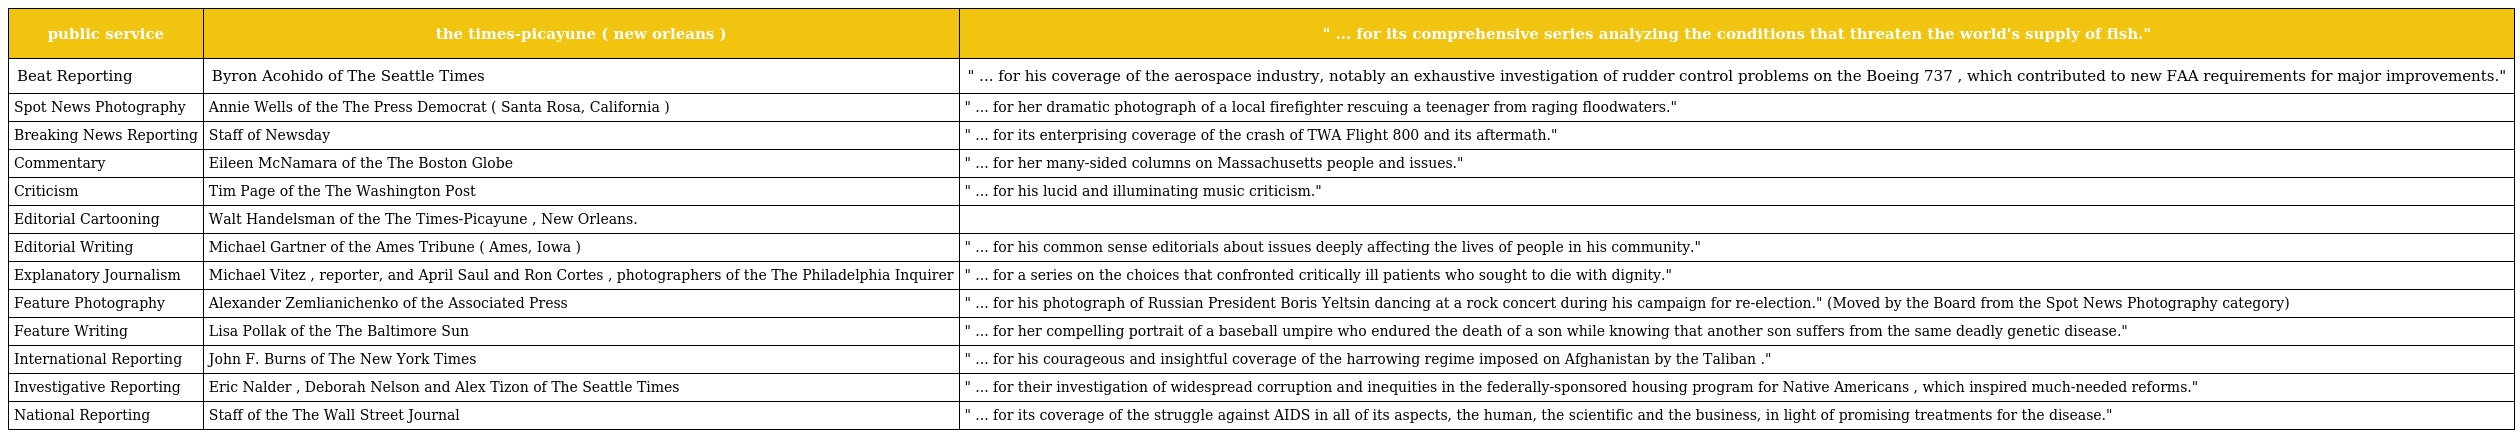
| public service | the times-picayune ( new orleans ) | " ... for its comprehensive series analyzing the conditions that threaten the world's supply of fish." |
 | --- | --- | --- |
 | Beat Reporting | Byron Acohido of The Seattle Times | " ... for his coverage of the aerospace industry, notably an exhaustive investigation of rudder control problems on the Boeing 737 , which contributed to new FAA requirements for major improvements." |
 | Spot News Photography | Annie Wells of the The Press Democrat ( Santa Rosa, California ) | " ... for her dramatic photograph of a local firefighter rescuing a teenager from raging floodwaters." |
 | Breaking News Reporting | Staff of Newsday | " ... for its enterprising coverage of the crash of TWA Flight 800 and its aftermath." |
 | Commentary | Eileen McNamara of the The Boston Globe | " ... for her many-sided columns on Massachusetts people and issues." |
 | Criticism | Tim Page of the The Washington Post | " ... for his lucid and illuminating music criticism." |
 | Editorial Cartooning | Walt Handelsman of the The Times-Picayune , New Orleans. |  |
 | Editorial Writing | Michael Gartner of the Ames Tribune ( Ames, Iowa ) | " ... for his common sense editorials about issues deeply affecting the lives of people in his community." |
 | Explanatory Journalism | Michael Vitez , reporter, and April Saul and Ron Cortes , photographers of the The Philadelphia Inquirer | " ... for a series on the choices that confronted critically ill patients who sought to die with dignity." |
 | Feature Photography | Alexander Zemlianichenko of the Associated Press | " ... for his photograph of Russian President Boris Yeltsin dancing at a rock concert during his campaign for re-election." (Moved by the Board from the Spot News Photography category) |
 | Feature Writing | Lisa Pollak of the The Baltimore Sun | " ... for her compelling portrait of a baseball umpire who endured the death of a son while knowing that another son suffers from the same deadly genetic disease." |
 | International Reporting | John F. Burns of The New York Times | " ... for his courageous and insightful coverage of the harrowing regime imposed on Afghanistan by the Taliban ." |
 | Investigative Reporting | Eric Nalder , Deborah Nelson and Alex Tizon of The Seattle Times | " ... for their investigation of widespread corruption and inequities in the federally-sponsored housing program for Native Americans , which inspired much-needed reforms." |
 | National Reporting | Staff of the The Wall Street Journal | " ... for its coverage of the struggle against AIDS in all of its aspects, the human, the scientific and the business, in light of promising treatments for the disease." |